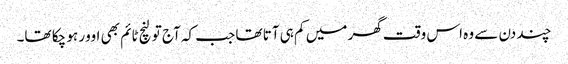
چند دن سے وہ اس وقت گھر میں کم ہی آتا تھا جب کہ آج تو لنچ ٹائم بھی اوور ہو چکا تھا۔